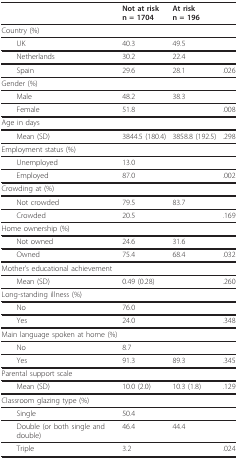
<table><thead><tr><td>[EMPTY_CELL]</td><td><b>Not at risk n = 1704</b></td><td><b>At risk n = 196</b></td><td>[EMPTY_CELL]</td></tr></thead><tbody><tr><td>Country (%)</td><td>[EMPTY_CELL]</td><td>[EMPTY_CELL]</td><td>[EMPTY_CELL]</td></tr><tr><td> UK</td><td>40.3</td><td>49.5</td><td>[EMPTY_CELL]</td></tr><tr><td> Netherlands</td><td>30.2</td><td>22.4</td><td>[EMPTY_CELL]</td></tr><tr><td> Spain</td><td>29.6</td><td>28.1</td><td>.026</td></tr><tr><td>Gender (%)</td><td>[EMPTY_CELL]</td><td>[EMPTY_CELL]</td><td>[EMPTY_CELL]</td></tr><tr><td> Male</td><td>48.2</td><td>38.3</td><td>[EMPTY_CELL]</td></tr><tr><td> Female</td><td>51.8</td><td>[EMPTY_CELL]</td><td>.008</td></tr><tr><td>Age in days</td><td>[EMPTY_CELL]</td><td>[EMPTY_CELL]</td><td>[EMPTY_CELL]</td></tr><tr><td> Mean (SD)</td><td>3844.5 (180.4)</td><td>3858.8 (192.5)</td><td>.298</td></tr><tr><td>Employment status (%)</td><td>[EMPTY_CELL]</td><td>[EMPTY_CELL]</td><td>[EMPTY_CELL]</td></tr><tr><td> Unemployed</td><td>13.0</td><td>[EMPTY_CELL]</td><td>[EMPTY_CELL]</td></tr><tr><td> Employed</td><td>87.0</td><td>[EMPTY_CELL]</td><td>.002</td></tr><tr><td>Crowding at (%)</td><td>[EMPTY_CELL]</td><td>[EMPTY_CELL]</td><td>[EMPTY_CELL]</td></tr><tr><td> Not crowded</td><td>79.5</td><td>83.7</td><td>[EMPTY_CELL]</td></tr><tr><td> Crowded</td><td>20.5</td><td>[EMPTY_CELL]</td><td>.169</td></tr><tr><td>Home ownership (%)</td><td>[EMPTY_CELL]</td><td>[EMPTY_CELL]</td><td>[EMPTY_CELL]</td></tr><tr><td> Not owned</td><td>24.6</td><td>31.6</td><td>[EMPTY_CELL]</td></tr><tr><td> Owned</td><td>75.4</td><td>68.4</td><td>.032</td></tr><tr><td>Mother's educational achievement</td><td>[EMPTY_CELL]</td><td>[EMPTY_CELL]</td><td>[EMPTY_CELL]</td></tr><tr><td> Mean (SD)</td><td>0.49 (0.28)</td><td>[EMPTY_CELL]</td><td>.260</td></tr><tr><td>Long-standing illness (%)</td><td>[EMPTY_CELL]</td><td>[EMPTY_CELL]</td><td>[EMPTY_CELL]</td></tr><tr><td> No</td><td>76.0</td><td>[EMPTY_CELL]</td><td>[EMPTY_CELL]</td></tr><tr><td> Yes</td><td>24.0</td><td>[EMPTY_CELL]</td><td>.348</td></tr><tr><td>Main language spoken at home (%)</td><td>[EMPTY_CELL]</td><td>[EMPTY_CELL]</td><td>[EMPTY_CELL]</td></tr><tr><td> No</td><td>8.7</td><td>[EMPTY_CELL]</td><td>[EMPTY_CELL]</td></tr><tr><td> Yes</td><td>91.3</td><td>89.3</td><td>.345</td></tr><tr><td>Parental support scale</td><td>[EMPTY_CELL]</td><td>[EMPTY_CELL]</td><td>[EMPTY_CELL]</td></tr><tr><td> Mean (SD)</td><td>10.0 (2.0)</td><td>10.3 (1.8)</td><td>.129</td></tr><tr><td>Classroom glazing type (%)</td><td>[EMPTY_CELL]</td><td>[EMPTY_CELL]</td><td>[EMPTY_CELL]</td></tr><tr><td> Single</td><td>50.4</td><td>[EMPTY_CELL]</td><td>[EMPTY_CELL]</td></tr><tr><td> Double (or both single and double)</td><td>46.4</td><td>44.4</td><td>[EMPTY_CELL]</td></tr><tr><td> Triple</td><td>3.2</td><td>[EMPTY_CELL]</td><td>.024</td></tr></tbody></table>